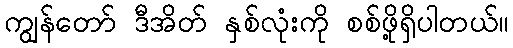
ကျွန်တော် ဒီအိတ် နှစ်လုံးကို စစ်ဖို့ရှိပါတယ်။